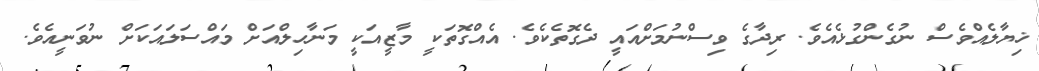
ޚިޔާލެއްވެސް ނުގެންގުޅެއެވެ. ރިދާގެ ވިސްނުމަށްއައީ ދެގޮތެކެވެ. އެއްގޮތަކީ މާޒީއަކީ މަނާހިލްއަށް މައްސަލައަކަށް ނުވަނީއެވެ.